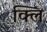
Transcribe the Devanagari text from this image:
क्लि